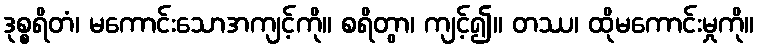
ဒုစ္စရိတံ၊ မကောင်းသောအကျင့်ကို။ စရိတွာ၊ ကျင့်၍။ တဿ၊ ထိုမကောင်းမှုကို။